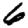
Digit: 6